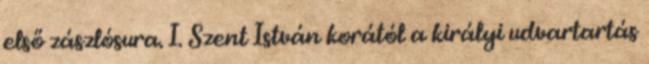
első zászlósura. I. Szent István korától a királyi udvartartás